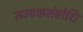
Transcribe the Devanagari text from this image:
सम्यकसंबोधि